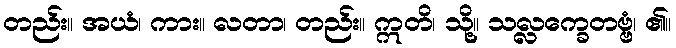
တည်း။ အယံ၊ ကား။ လတာ၊ တည်း။ ဣတိ၊ သို့။ သလ္လက္ခေတဗ္ဗံ၊ ၏။